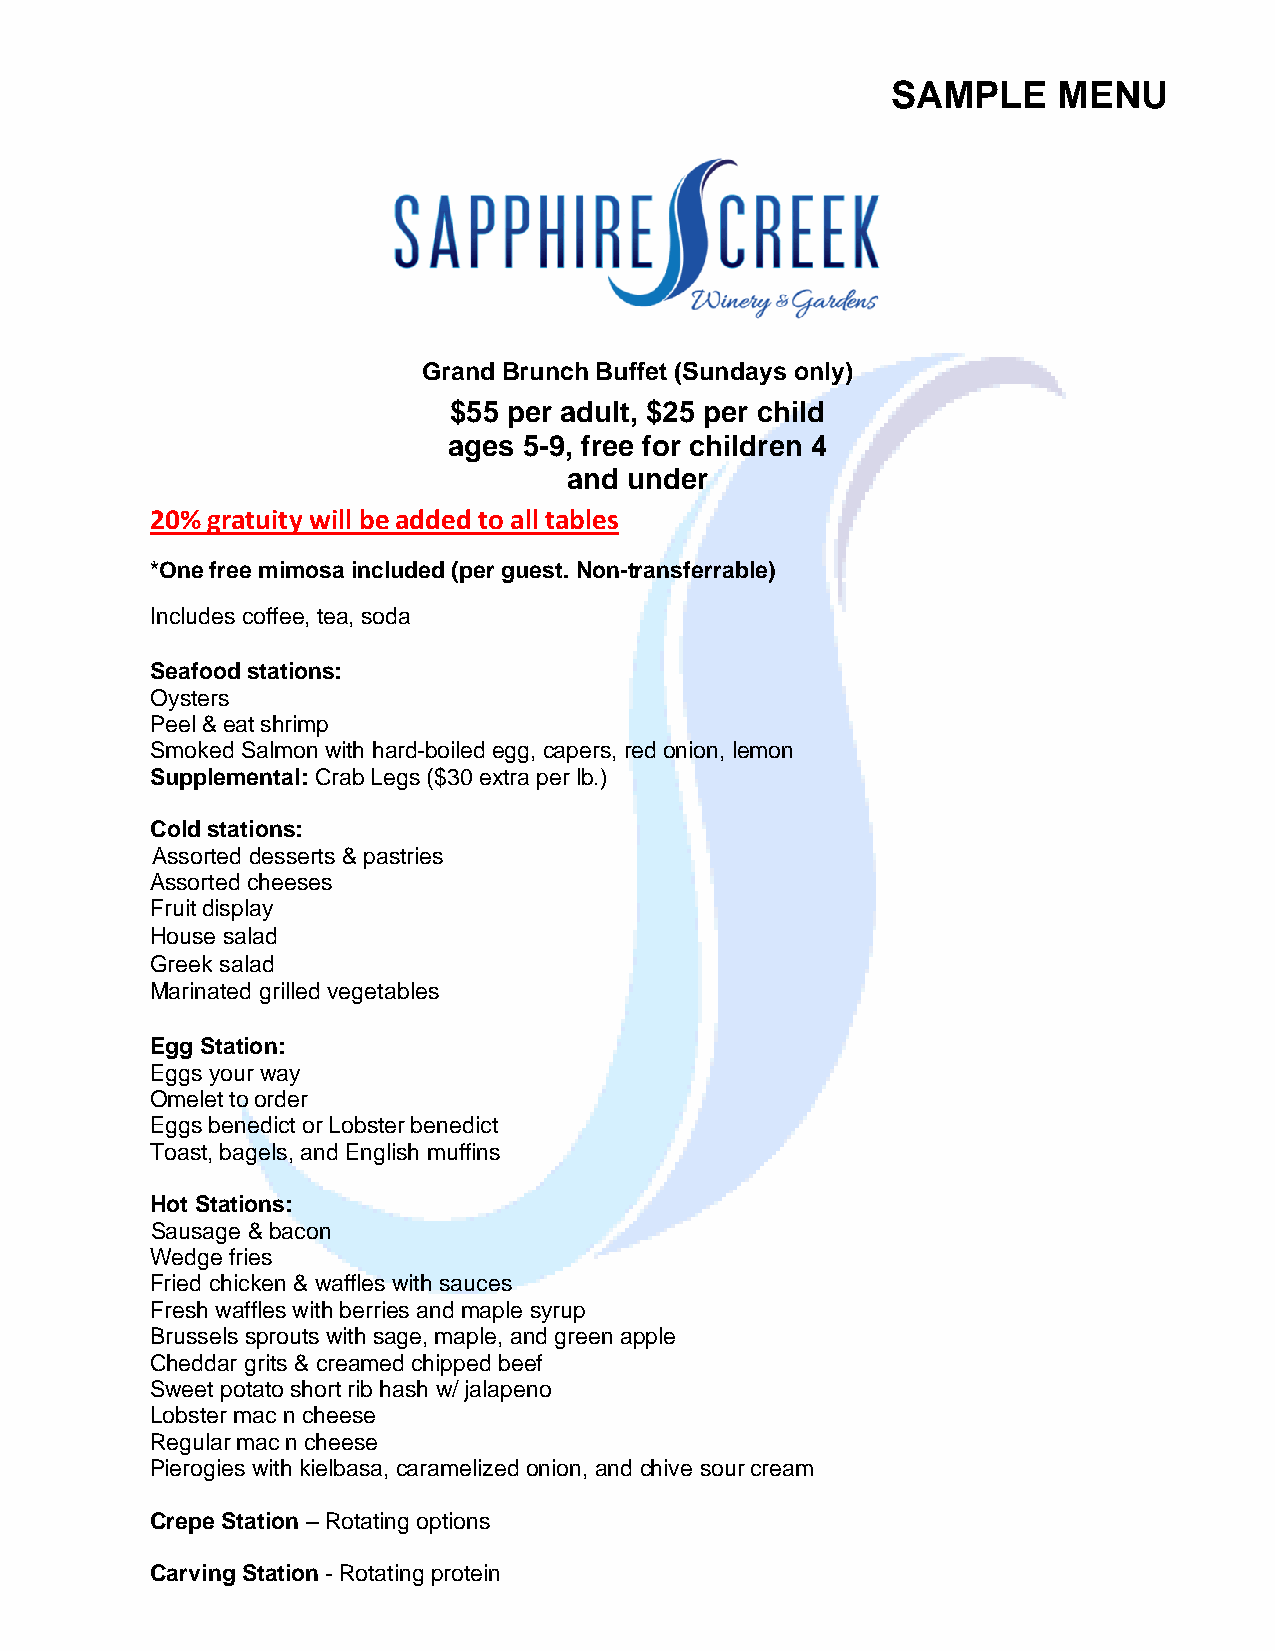
SAMPLE     MENU
 Grand Brunch Buffet (Sundays only)
 $55 per adult, $25 per child
 ages 5-9, free for children 4
 and under
 20% gratuity will be added to all tables
 *One free mimosa included (per guest. Non-transferrable)
 Includes coffee, tea, soda
 Seafood stations:
 Oysters
 Peel & eat shrimp
 Smoked Salmon with hard-boiled egg, capers, red onion, lemon
 Supplemental: Crab Legs ($30 extra per lb.)
 Cold stations:
 Assorted desserts & pastries
 Assorted cheeses
 Fruit display
 House salad
 Greek salad
 Marinated grilled vegetables
 Egg Station:
 Eggs your way
 Omelet to order
 Eggs benedict or Lobster benedict
 Toast, bagels, and English muffins
 Hot Stations:
 Sausage & bacon
 Wedge fries
 Fried chicken & waffles with sauces
 Fresh waffles with berries and maple syrup
 Brussels sprouts with sage, maple, and green apple
 Cheddar grits & creamed chipped beef
 Sweet potato short rib hash w/ jalapeno
 Lobster mac n cheese
 Regular mac n cheese
 Pierogies with kielbasa, caramelized onion, and chive sour cream
 Crepe Station – Rotating options
 Carving Station - Rotating protein